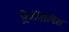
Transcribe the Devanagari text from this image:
फ़्रैजिलिस